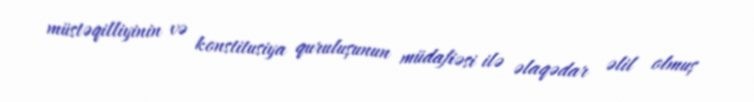
müstəqilliyinin və konstitusiya quruluşunun müdafiəsi ilə əlaqədar əlil olmuş